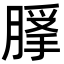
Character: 𦞿